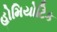
હોમિયોટિક